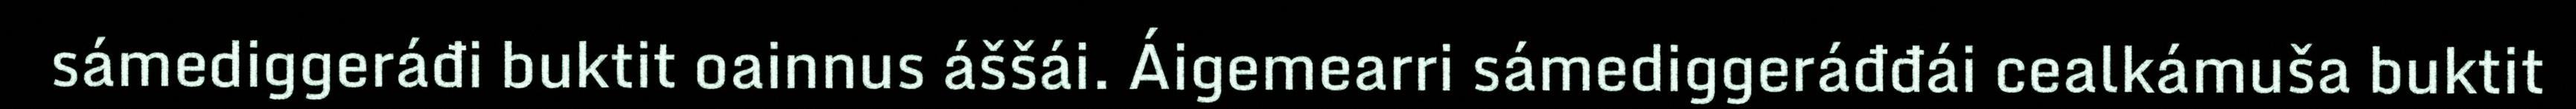
sámediggeráđi buktit oainnus áššái. Áigemearri sámediggeráđđái cealkámuša buktit